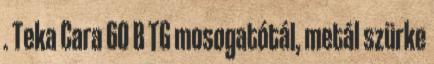
. Teka Cara 60 B TG mosogatótál, metál szürke